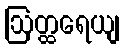
ဩတ္ထရေယျ